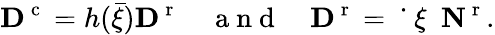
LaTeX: {\mathbf D}^{\mathrm{~c~}}=h(\bar{\xi}){\mathbf D}^{\mathrm{~r~}}\quad\mathrm{~a~n~d~}\quad{\mathbf D}^{\mathrm{~r~}}=\mathrm{~\dot{~}{~\xi~}~}\textbf{N}^{\mathrm{~r~}}.